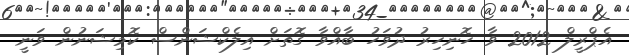
އެޕްރީލް 2012 ވާ ހޮނިހިރު ދުވަހު ބާއްވާ ގޮތަށް އިލެކްޝަންސް ކޮމިޝަނުން ވަނީ